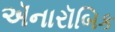
ઍનારૉબિક